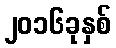
၂၀၁၆ခုနှစ်